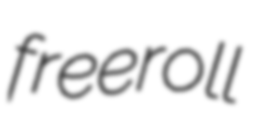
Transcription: freeroll